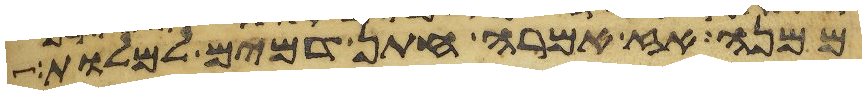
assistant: ממנה אז אמרה חתן דמים למלות